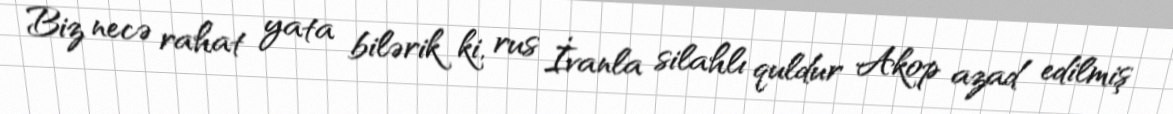
Biz necə rahat yata bilərik ki, rus İvanla silahlı quldur Akop azad edilmiş